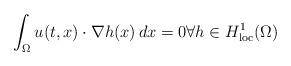
LaTeX: \begin{align*}\int_\Omega u(t,x)\cdot\nabla h(x) \, dx = 0 \forall h\in H^1_{\rm loc}(\Omega) \end{align*}